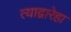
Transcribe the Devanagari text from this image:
त्याद्वारेहा